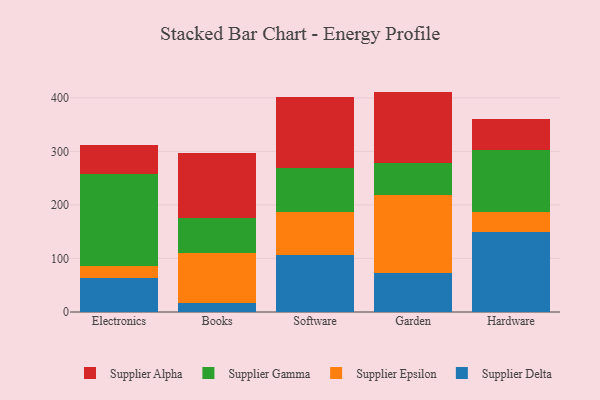
{"axis": {"x": "Category", "y": "Population (Million)"}, "legend": ["Supplier Alpha", "Supplier Delta", "Supplier Epsilon", "Supplier Gamma"], "data": [{"x": "Electronics", "y": 64.4, "type": "Supplier Delta"}, {"x": "Electronics", "y": 21.7, "type": "Supplier Epsilon"}, {"x": "Electronics", "y": 172.1, "type": "Supplier Gamma"}, {"x": "Electronics", "y": 54.4, "type": "Supplier Alpha"}, {"x": "Books", "y": 16.9, "type": "Supplier Delta"}, {"x": "Books", "y": 93.2, "type": "Supplier Epsilon"}, {"x": "Books", "y": 64.9, "type": "Supplier Gamma"}, {"x": "Books", "y": 122.2, "type": "Supplier Alpha"}, {"x": "Software", "y": 107.0, "type": "Supplier Delta"}, {"x": "Software", "y": 80.0, "type": "Supplier Epsilon"}, {"x": "Software", "y": 82.3, "type": "Supplier Gamma"}, {"x": "Software", "y": 133.0, "type": "Supplier Alpha"}, {"x": "Garden", "y": 72.6, "type": "Supplier Delta"}, {"x": "Garden", "y": 146.1, "type": "Supplier Epsilon"}, {"x": "Garden", "y": 59.2, "type": "Supplier Gamma"}, {"x": "Garden", "y": 133.7, "type": "Supplier Alpha"}, {"x": "Hardware", "y": 149.9, "type": "Supplier Delta"}, {"x": "Hardware", "y": 37.2, "type": "Supplier Epsilon"}, {"x": "Hardware", "y": 116.1, "type": "Supplier Gamma"}, {"x": "Hardware", "y": 58.1, "type": "Supplier Alpha"}]}